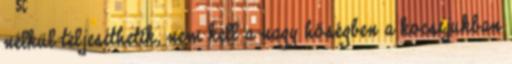
nélkül teljesíthetik, nem kell a nagy hőségben a kocsijukban